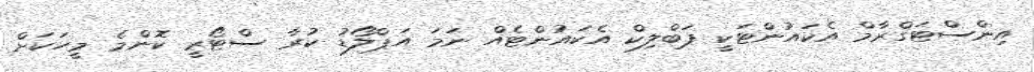
އިންސްޓަގްރާމް އެކައުންޓަކީ ޕަބްލިކް އެކައުންޓެއް ނަމަ އަޕްލޯޑު ކުރާ ސްޓޯރީ ކޮންމެ މީހަކަށް